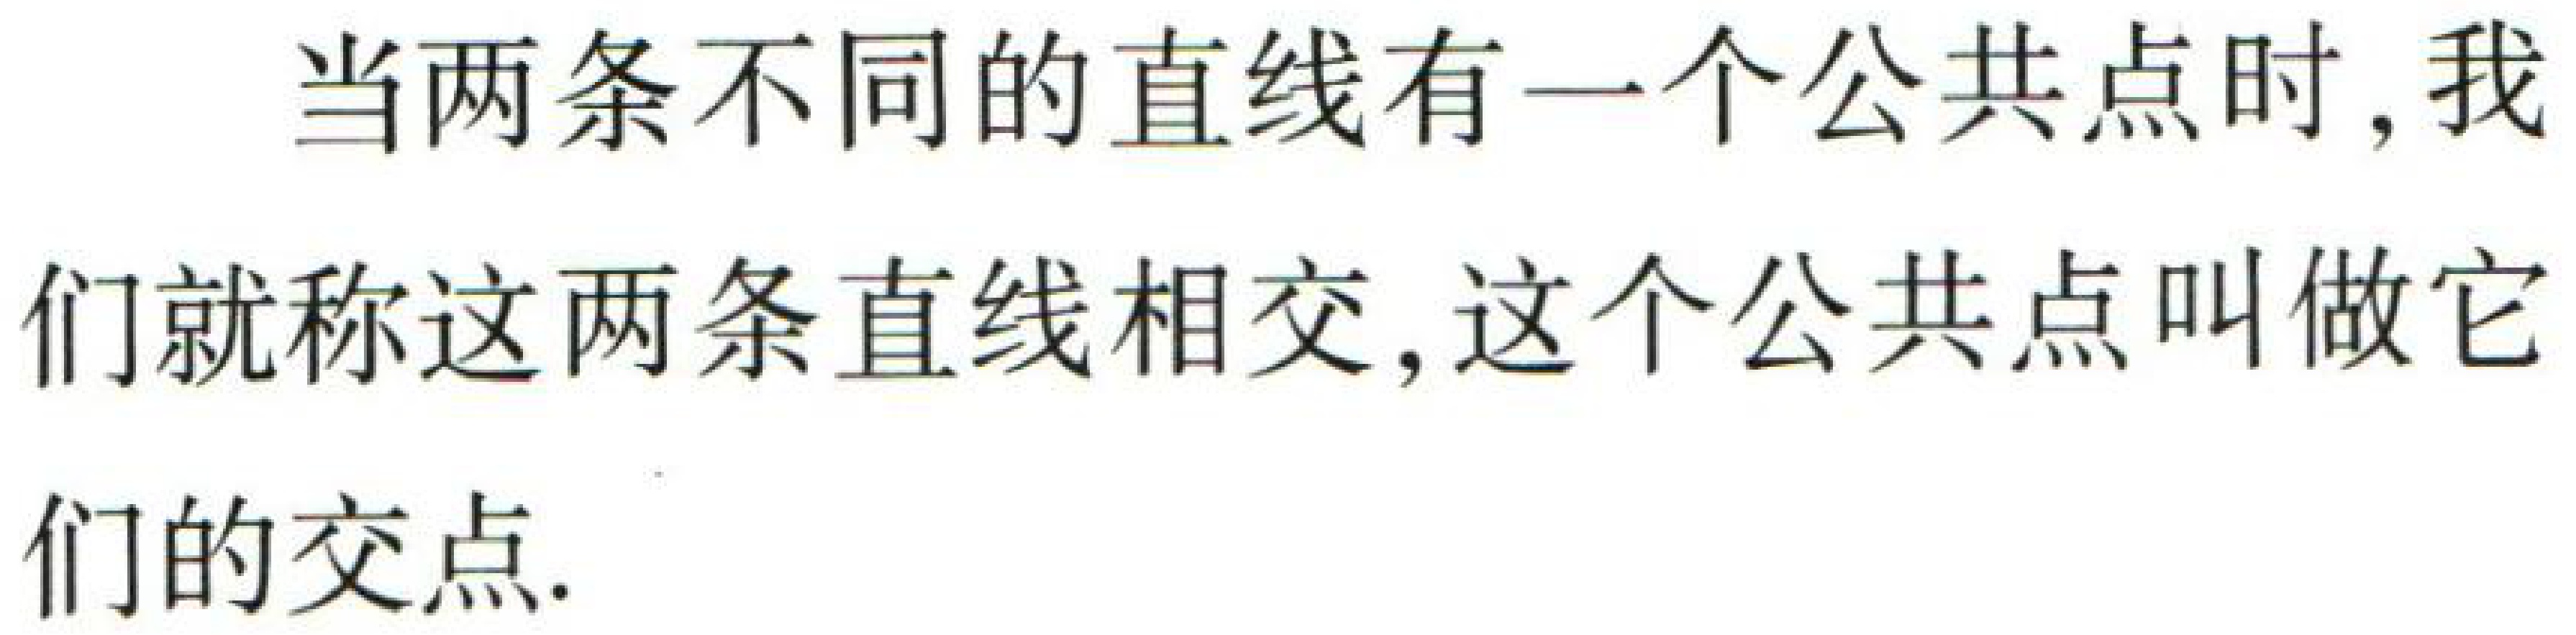
当两条不同的直线有一个公共点时, 我们就称这两条直线相交, 这个公共点叫做它们的交点.